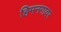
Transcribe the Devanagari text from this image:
हिमनगावर